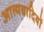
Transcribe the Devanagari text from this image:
आत्मवादियों